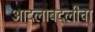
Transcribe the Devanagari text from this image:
आदलाबदलीचा